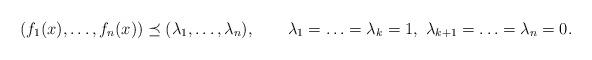
LaTeX: \begin{align*}(f_1(x),\ldots,f_n(x))\preceq (\lambda_1,\ldots,\lambda_n),\qquad\lambda_1=\ldots=\lambda_k=1, \ \lambda_{k+1}=\ldots=\lambda_n=0.\end{align*}